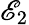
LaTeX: \mathscr{E}_{2}